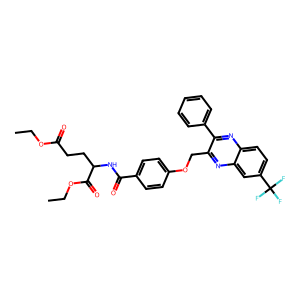
SMILES: CCOC(=O)CCC(NC(=O)c1ccc(OCc2nc3cc(C(F)(F)F)ccc3nc2-c2ccccc2)cc1)C(=O)OCC
Inhibits HIV replication: No